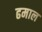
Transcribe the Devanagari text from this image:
ढमाल